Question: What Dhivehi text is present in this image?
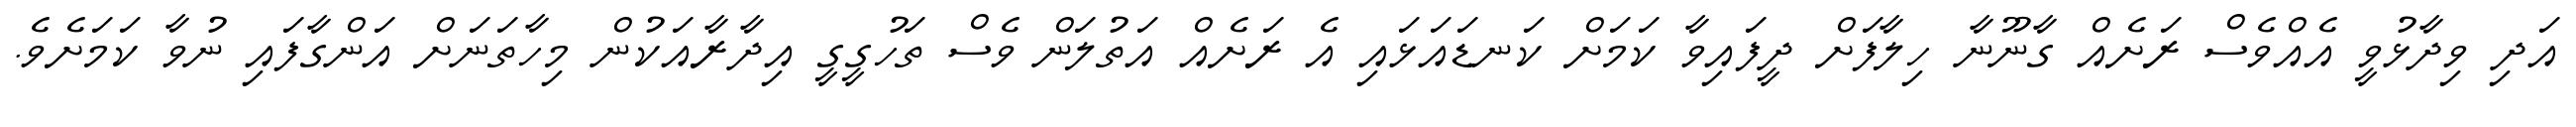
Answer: އަދި ވިދާޅުވީ އެއްވެސް ރަށެއް ގާނޫނާ ހިލާފަށް ދީފައިވާ ކަމަށް ކަނޑައަޅައި އެ ރަށެއް އަތުލަން ވެސް ތަހުގީގީ އިދާރާއަކުން މިހާތަނަށް އަންގާފައި ނުވާ ކަމަށެވެ.